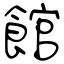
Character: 館